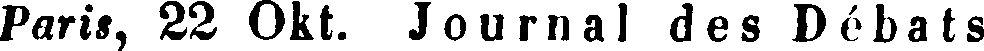
Paris, 22 Okt. Journal des Débats